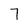
Character: 7